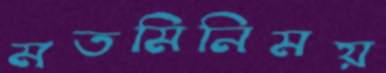
মতমিনিময়